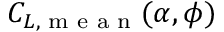
C _ { L , \textrm { m e a n } } ( \alpha , \phi )